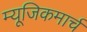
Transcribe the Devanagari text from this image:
म्यूजिकमार्च